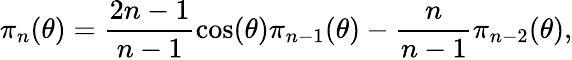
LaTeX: \pi_{n}(\theta)=\frac{2n-1}{n-1}\cos(\theta)\pi_{n-1}(\theta)-\frac{n}{n-1}\pi_{n-2}(\theta),